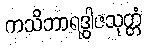
ကသိဘာရဒွါဇသုတ္တံ